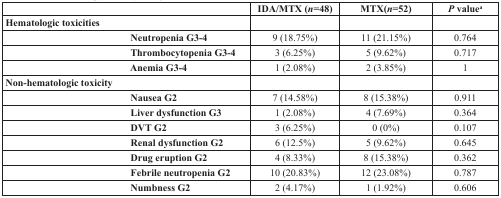
|  | IDA/MTX (n=48) | MTX(n=52) | P valuea |
 | --- | --- | --- | --- |
 | Hematologic toxicities |  |  |  |
 | Neutropenia G3-4 | 9 (18.75%) | 11 (21.15%) | 0.764 |
 | Thrombocytopenia G3-4 | 3 (6.25%) | 5 (9.62%) | 0.717 |
 | Anemia G3-4 | 1 (2.08%) | 2 (3.85%) | 1 |
 | Non-hematologic toxicity |  |  |  |
 | Nausea G2 | 7 (14.58%) | 8 (15.38%) | 0.911 |
 | Liver dysfunction G3 | 1 (2.08%) | 4 (7.69%) | 0.364 |
 | DVT G2 | 3 (6.25%) | 0 (0%) | 0.107 |
 | Renal dysfunction G2 | 6 (12.5%) | 5 (9.62%) | 0.645 |
 | Drug eruption G2 | 4 (8.33%) | 8 (15.38%) | 0.362 |
 | Febrile neutropenia G2 | 10 (20.83%) | 12 (23.08%) | 0.787 |
 | Numbness G2 | 2 (4.17%) | 1 (1.92%) | 0.606 |